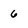
Character: 6